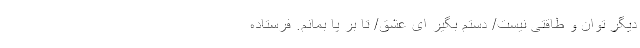
دیگر توان و طاقتی نیست/ دستم بگیر ای عشق/ تا بر پا بمانم. فرستاده